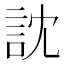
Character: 訦